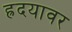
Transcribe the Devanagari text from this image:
ह्रदयावर